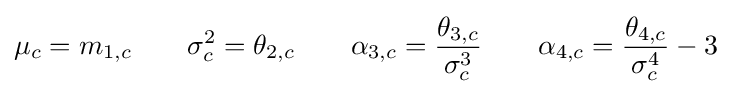
\mu _{c}=m_{1,c}\qquad \sigma _{c}^{2}=\theta _{2,c}\qquad \alpha _{3,c}={\frac {\theta _{3,c}}{\sigma _{c}^{3}}}\qquad \alpha _{4,c}={\frac {\theta _{4,c}}{\sigma _{c}^{4}}}-3